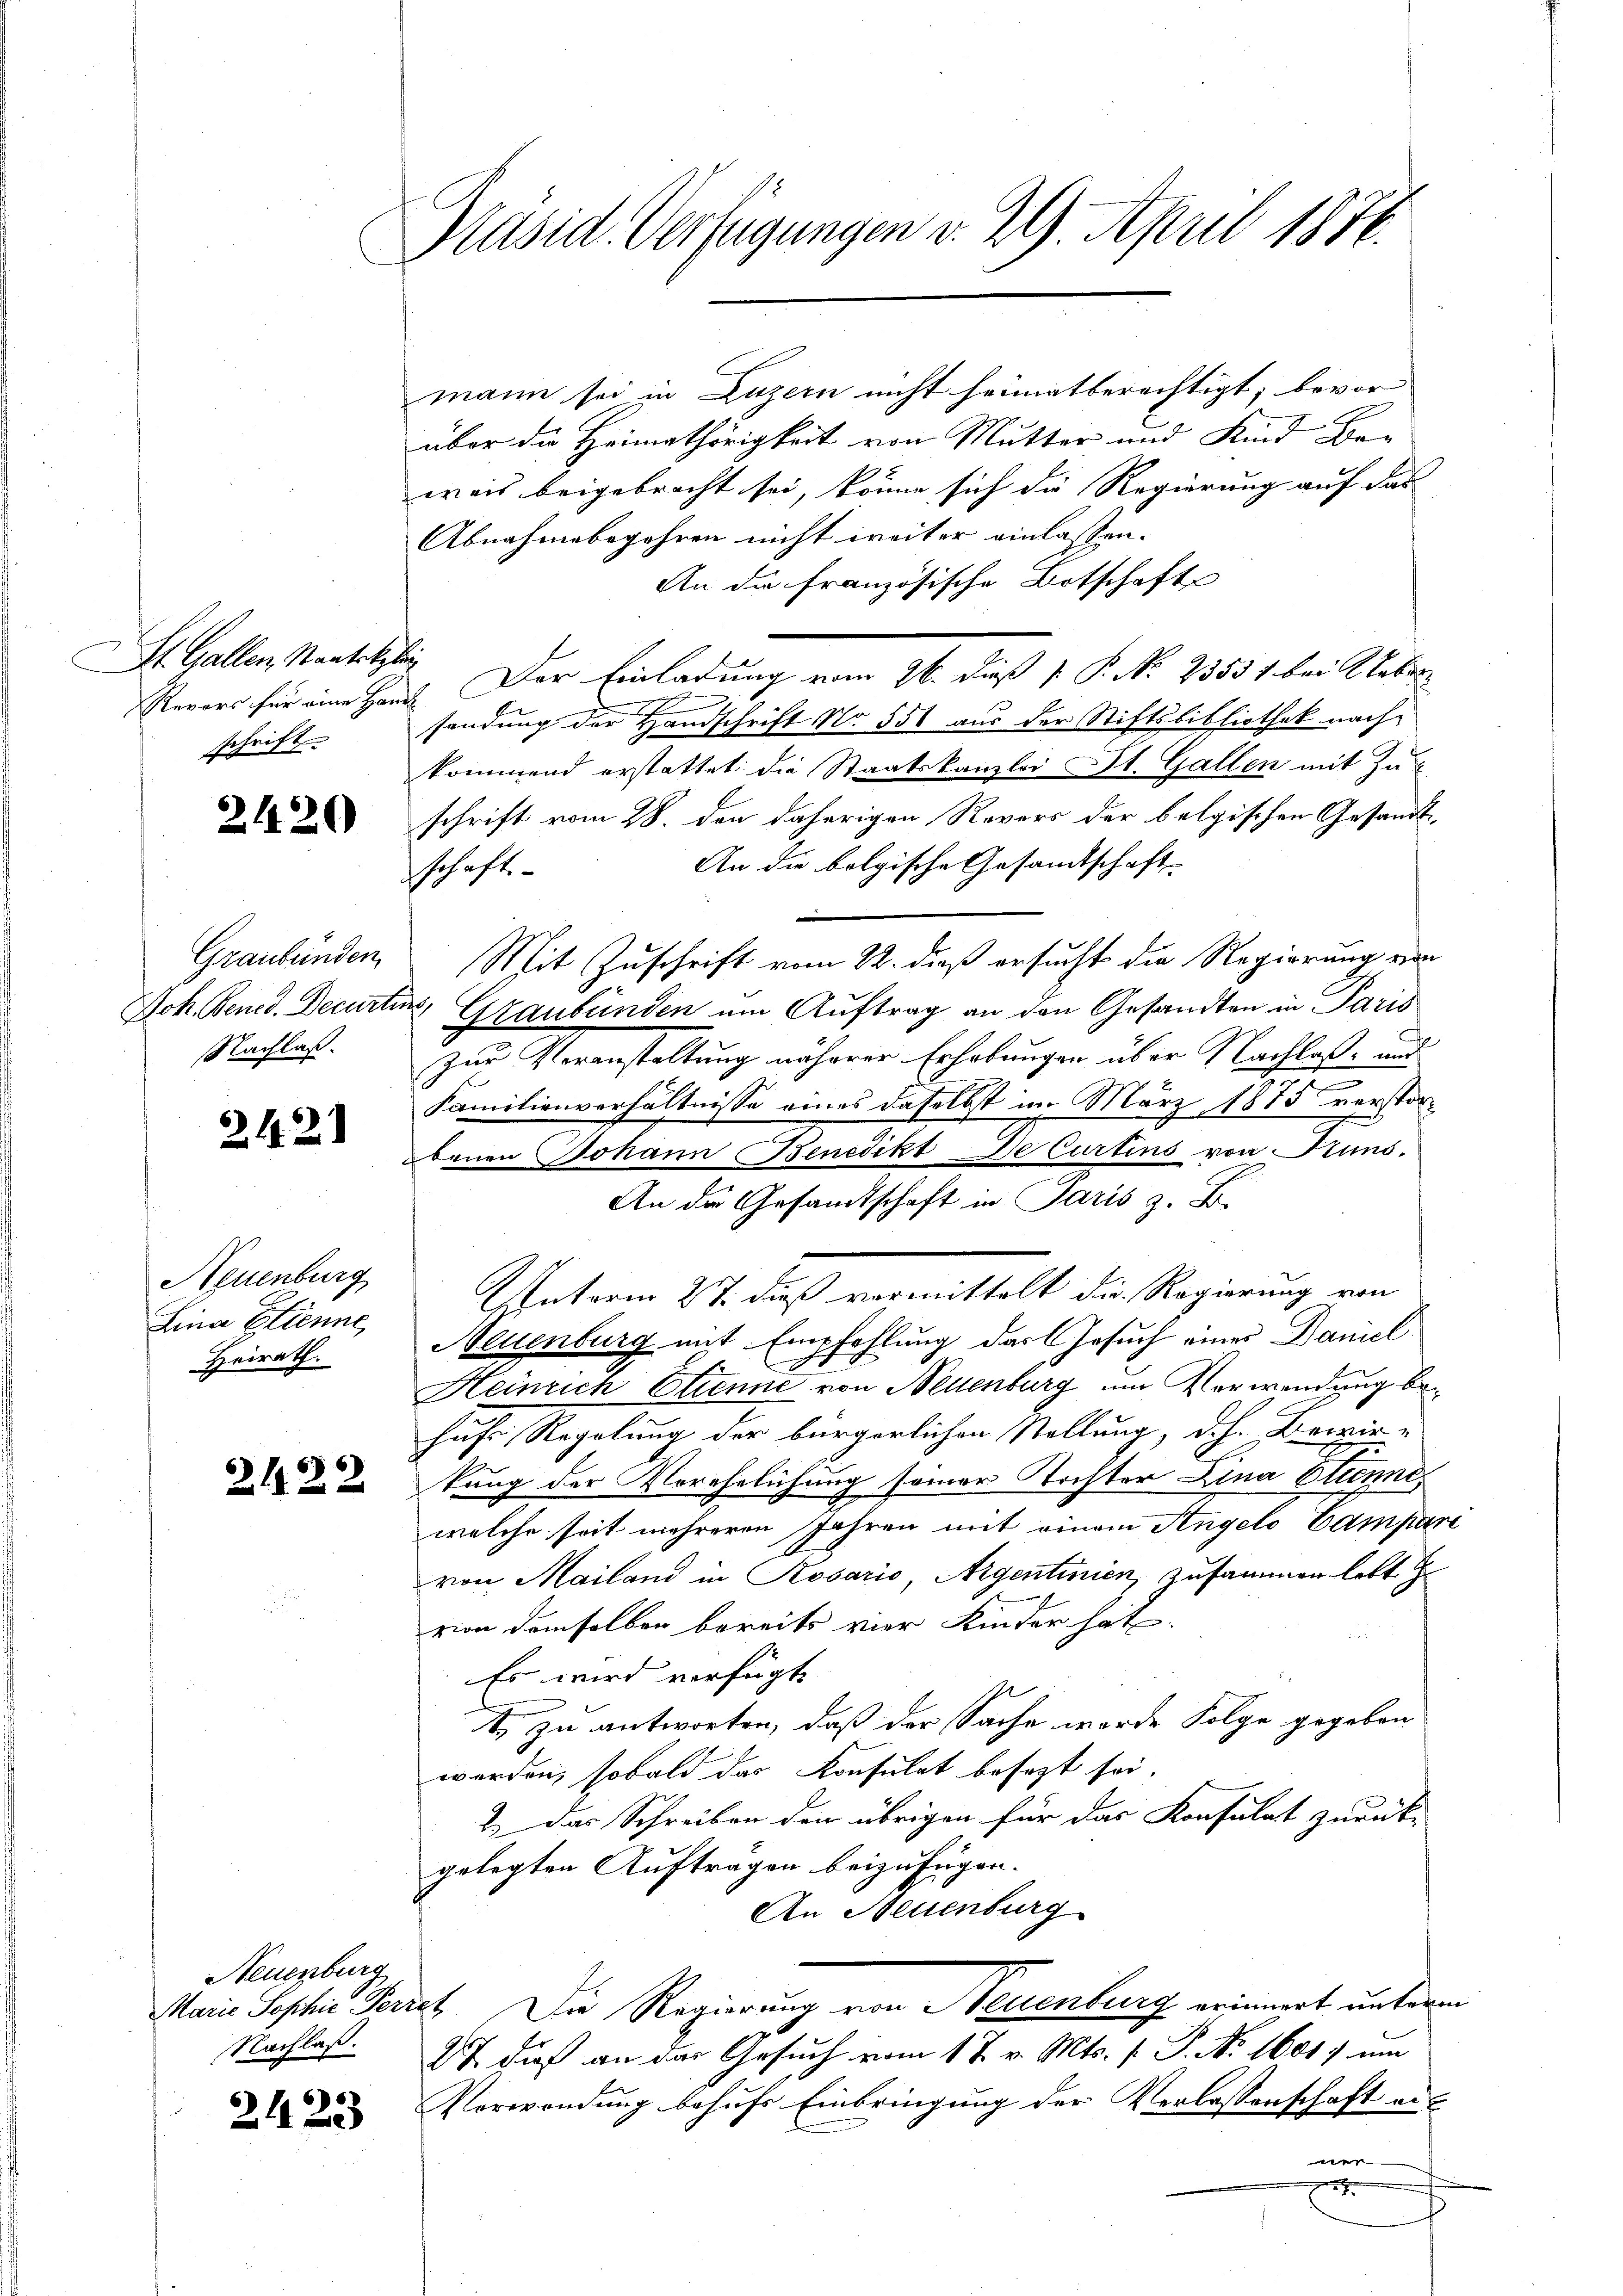
St. Gallen, Staatskali
schrift

2420

Nachlaß.

2121

Neuenburg
Lina Etienne,
Heirath.

2122

Neuenburg
Nachlaß.

2423

Präsid. Verfügungen v. 29. April 1876.

mann sei in Luzern nicht heimatberechtigt; bevor
über die Heimathörigkeit von Mutter und Kind Bar
weis beigebracht sei, könne sich die Regierung auf das
Abnahmebegehren nicht weiter einlassen.
An die französische Botschaft
Revers für eine Haus Der Einladung vom 26. dieß P. P. N. 23531. bei Ueber
sendung der Handschrift No 551 aus der Stiftsbibliothek nach-
kommend erstattet die Staatskanzlei St. Gallen mit Zuschrift vom 28. den daherigen Rovers der belgischen Gesandt¬
An die bolgische Gesandtschaft
schaft.
Graubünden Mit Zuschrift vom 22. dieß ersucht die Regierung von
Joh. Bened. Decurten Graubünden um Auftrag an den Gesandten in Paris
zur Veranstaltung näherer Erhebungen über Nachlaß und
Familienverhältnisse eines daselbst im März 1875 verstorbenen Johann Benedikt De Curtins von uns.
An die Gesandtschaft in Paris z. B.
Unterm 27. daß vormittelt die Regierung von
Neuenburg mit Empfehlung das Gesuch einer Daniel
2
Heinrich Etienne von Neuenburg um Verwendung behufe Regelung der bürgerlichen Stellung, d.h. Bewirkung der Verehrlichung seiner Tochter Lina Etiennes
welche seit mehreren Jahren mit einem Angelo Campari
von Mailand in Kosaris, Argentinien zusammen lebt
von demselben bereits vier Kinder hat
Es wird verfügt
t. zu antworten, daß der Sache wurde Folge gegeben,
werden, sobald das Konsulat besezt sei.
2.) Das Schreiben den übrigen für das Konsulat zurück-
gelegten Aufträgen beizufügen.
An Neuenburg
Maria Sophie Feriet. Die Regierung von Neuenburg erinnert unterm
27 dieß an der Gesuch vom 1. J. v. Mts. f. P. No. 1601) um
Verwendung behufs Einbringung der Verlassenschaft an-
e